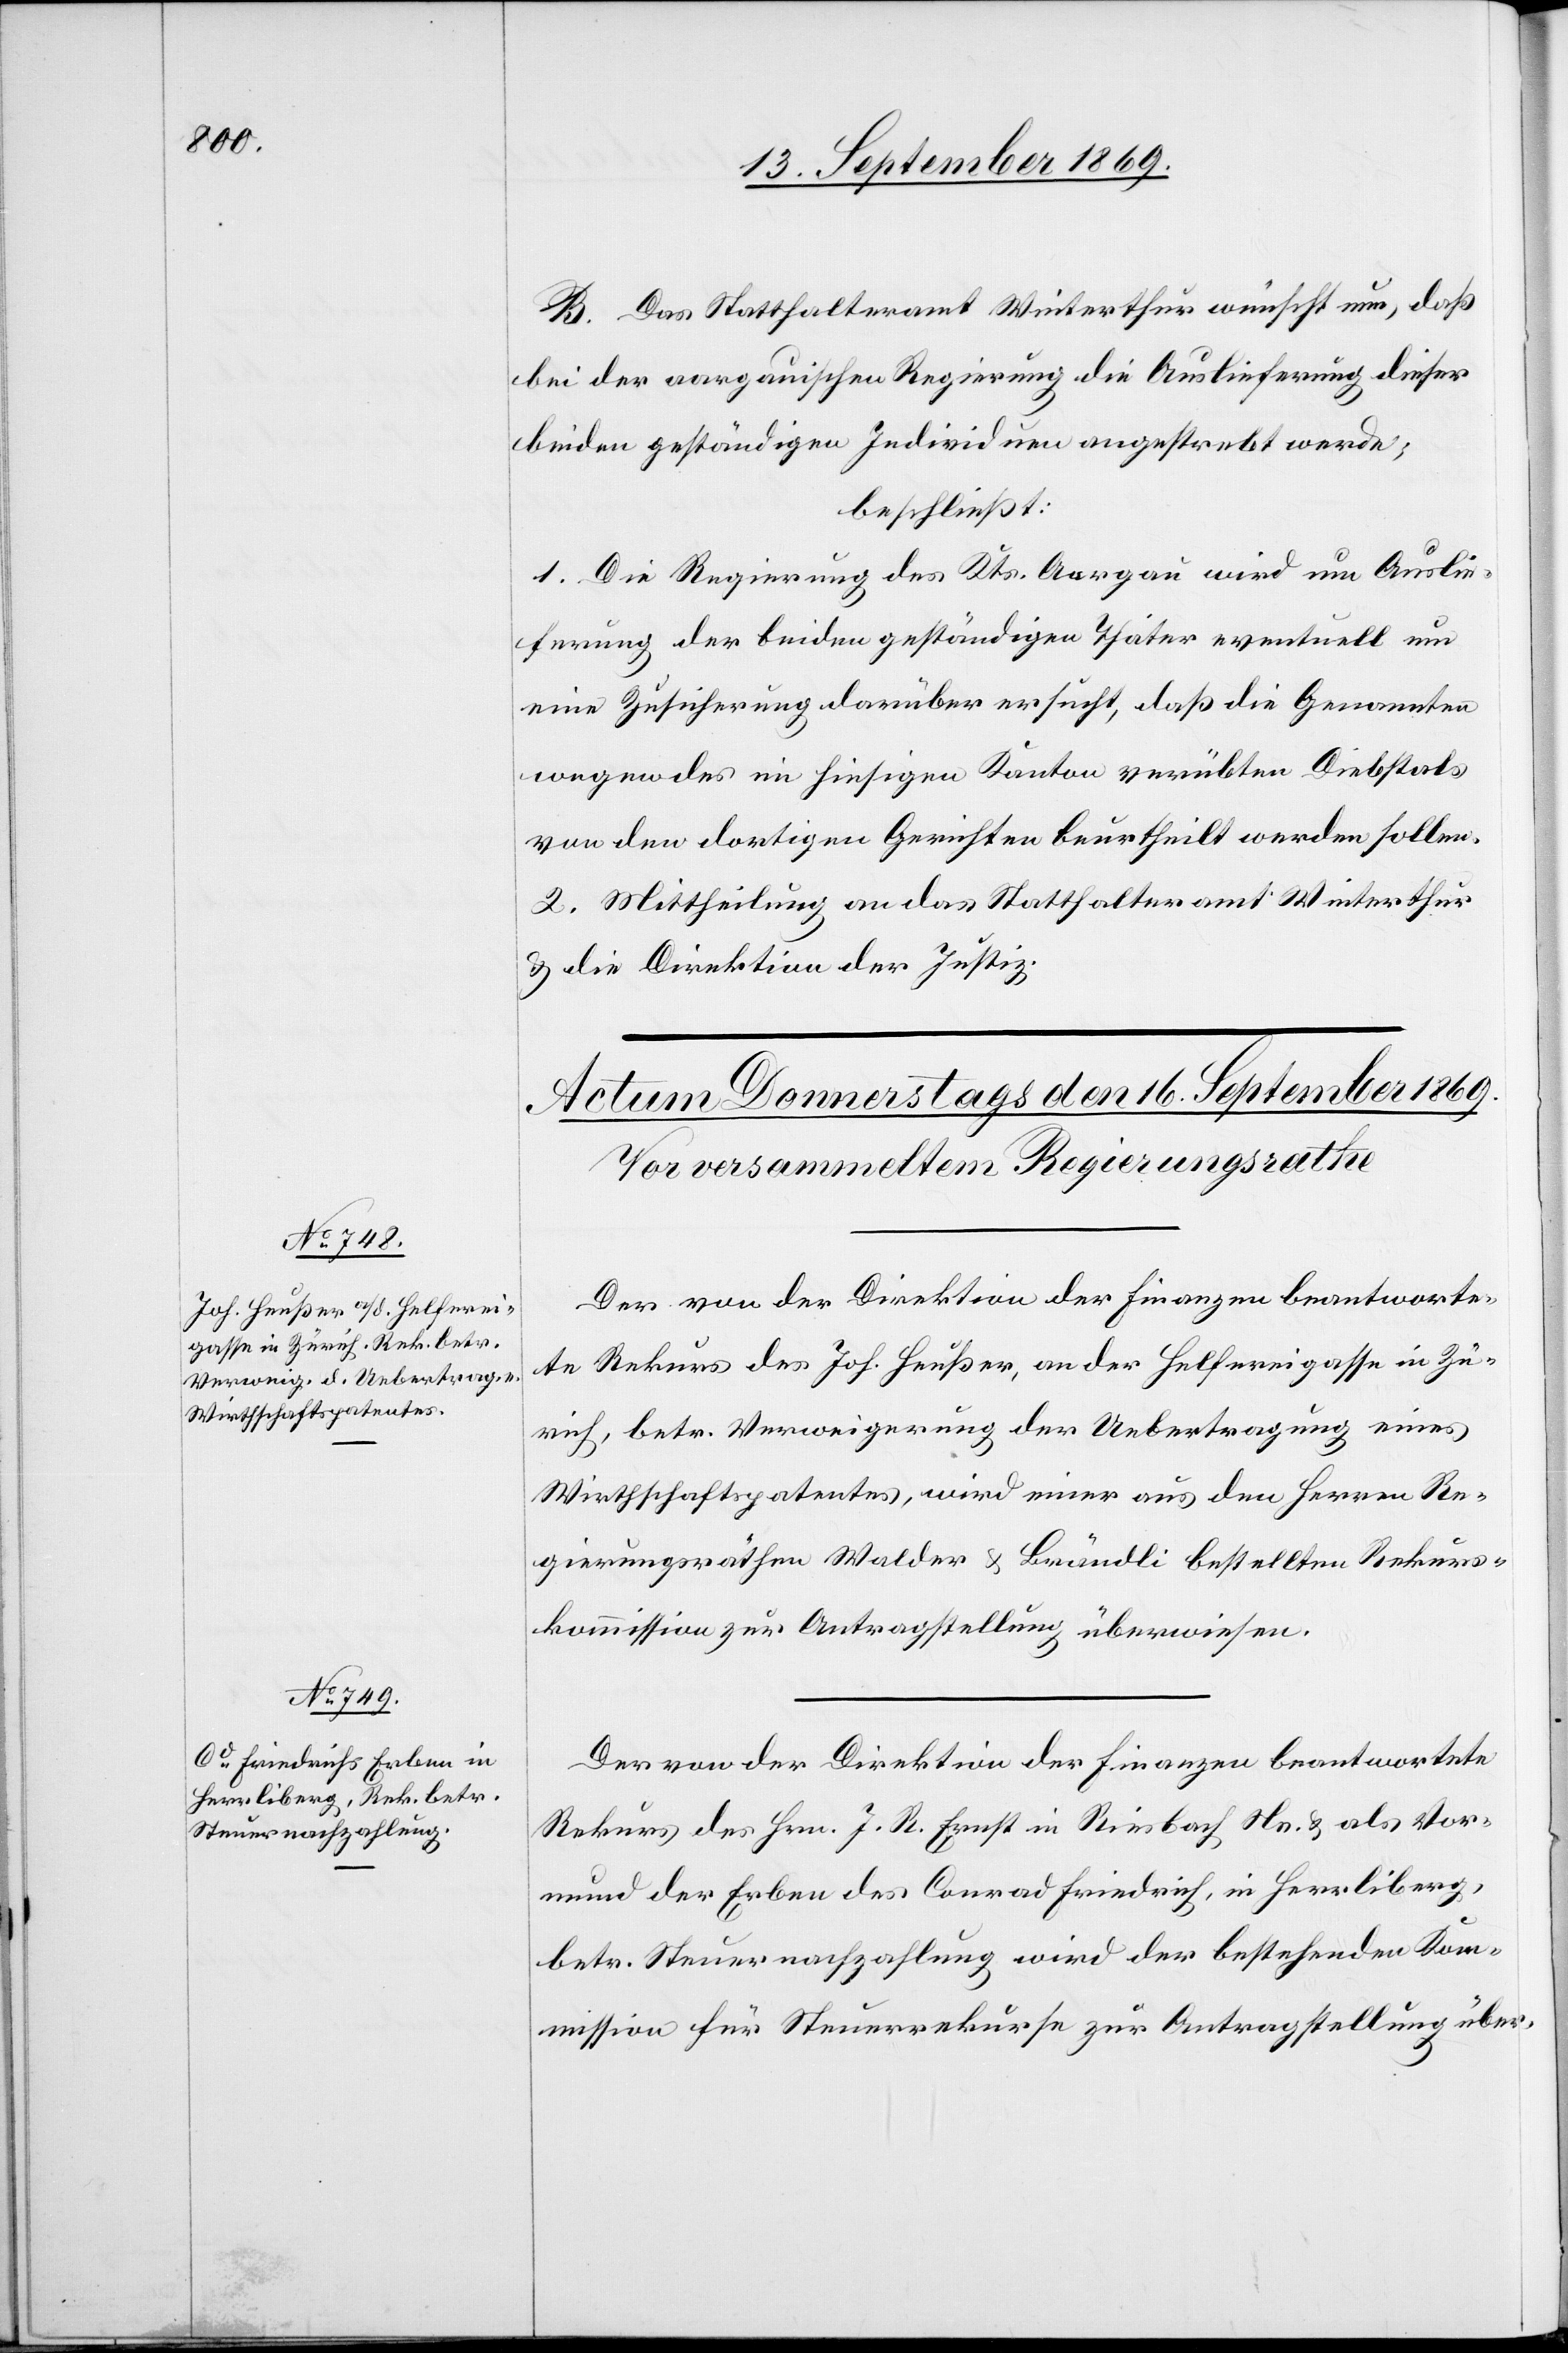
B. Das Statthalteramt Winterthur wünscht nun, daß
bei der aargauischen Regierung die Auslieferung dieser
beiden geständigen Individuen angestrebt werde;
beschließt:
1. Die Regierung des Kts. Aargau wird um Auslie¬
ferung der beiden geständigen Thäter eventuell um
eine Zusicherung darüber ersucht, daß die Genannten
wegen des im hiesigen Kanton verübten Diebstals
von den dortigen Gerichten beurtheilt werden sollen.
2. Mittheilung an das Statthalteramt Winterthur
& die Direktion der Justiz.
Der von der Direktion der Finanzen beantworte¬
te Rekurs des Joh. Heußer, an der Helfereigasse in Zü¬
rich, betr. Verweigerung der Uebertragung eines
Wirthschaftspatentes, wird einer aus den Herren Re¬
gierungsräthen Walder & Brändli bestellten Rekurs¬
kommission zur Antragstellung überwiesen.
Der von der Direktion der Finanzen beantwortete
Rekurs des Hrn. J. R. Ernst in Riesbach Ns. & als Vor¬
mund der Erben des Conrad Friedrich, in Herrliberg,
betr. Steuernachzahlung wird der bestehenden Kom¬
mission für Steuerrekurse zur Antragstellung über-